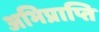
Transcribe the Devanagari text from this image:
अभिप्राप्ति